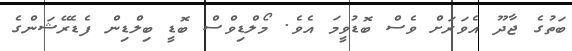
ބަތުގެ ޖާދޫ އެވަރަށް ވެސް ބޮޑުވީމަ އެވެ. މޯލްޑިވްސް ބޮޑީ ބިލްޑިން ފެޑެރޭޝަންގެ